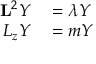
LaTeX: \begin{array} { r l } { \mathbf { L } ^ { 2 } Y } & { { } = \lambda Y } \\ { L _ { z } Y } & { { } = m Y } \end{array}